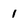
Character: 1